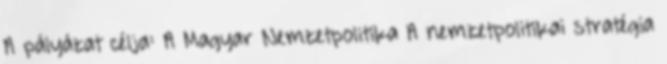
A pályázat célja: A Magyar Nemzetpolitika A nemzetpolitikai stratégia